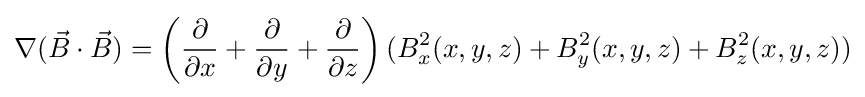
\nabla ({\vec {B}}\cdot {\vec {B}})=\left({\frac {\partial }{\partial x}}+{\frac {\partial }{\partial y}}+{\frac {\partial }{\partial z}}\right)(B_{x}^{2}(x,y,z)+B_{y}^{2}(x,y,z)+B_{z}^{2}(x,y,z))